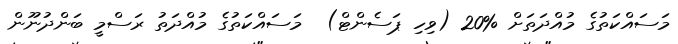
މަސައްކަތުގެ މުއްދަތަށް %20 (ވިހި ޕަސެންޓް)  މަސައްކަތުގެ މުއްދަތު ރަސްމީ ބަންދުނޫން